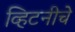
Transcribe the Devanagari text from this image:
व्हिटनीचे